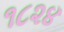
૧૮૨૪